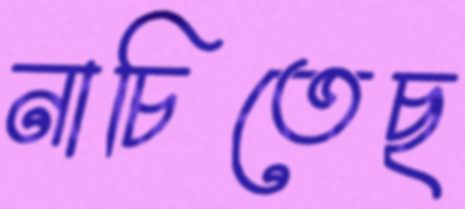
নাচিতেছ